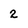
Character: 2